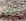
حتى